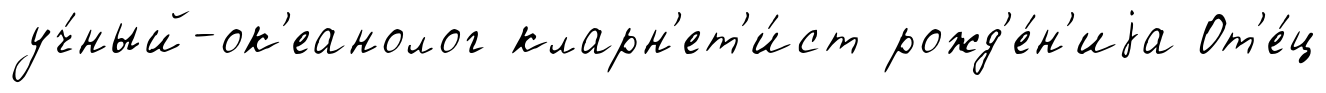
уч́ный-ок'еанолог кларн'ет'и́ст рожд'е́н'иjа От'е́ц